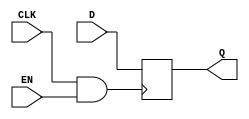
module clock_gated_memory (
    input wire CLK,      // Main clock signal
    input wire EN,       // Enable signal
    input wire [7:0] D,  // Data input for the memory block
    output reg [7:0] Q   // Data output from the memory block
);

// Internal signal for the gated clock
wire GCLK;

// AND gate for clock gating
assign GCLK = CLK & EN;

// Memory block (simple register for demonstration)
always @(posedge GCLK) begin
    Q <= D; // Store data on the rising edge of the gated clock
end

endmodule